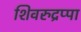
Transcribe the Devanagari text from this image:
शिवरुद्रप्पा